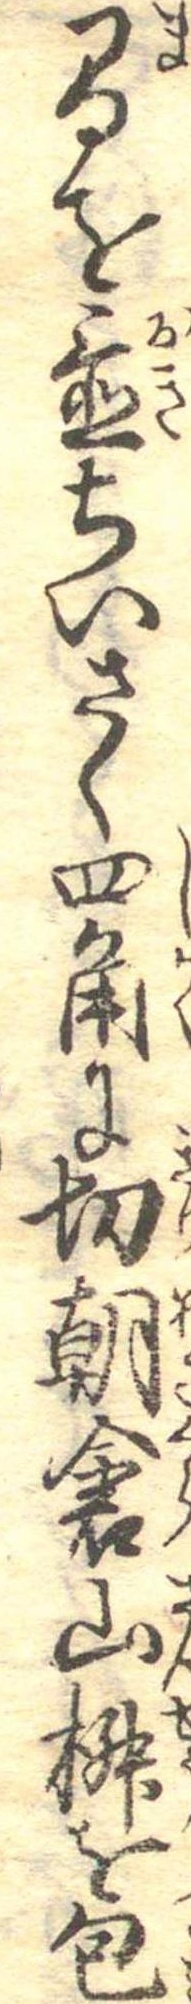
間を置ちいさく四角に切朝倉山椒を包